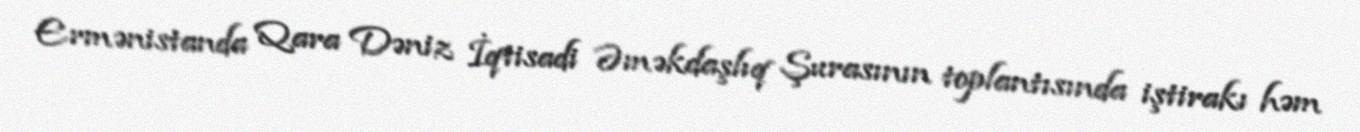
Ermənistanda Qara Dəniz İqtisadi Əməkdaşlıq Şurasının toplantısında iştirakı həm